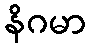
နိဂမာ